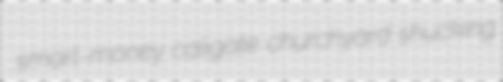
smart-money caligate churchyard shucking